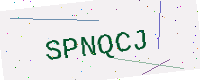
Text: SPNQCJ